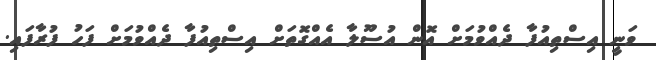
ވަނީ އިސްތިއުފާ ދެއްވުމަށް އޮން އުސޫލާ އެއްގޮތަށް އިސްތިއުފާ ދެއްވުމަށް ފަހު ފުރާފައި.